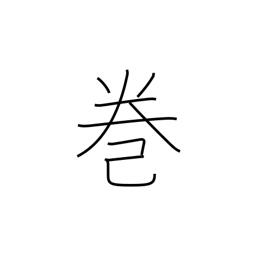
Meaning: book